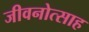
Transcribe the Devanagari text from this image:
जीवनोत्साह